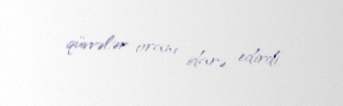
qüvvələr oranı idarə edirdi.